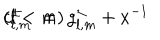
LaTeX: c _ { l , m } ^ { \pm } \; = \; g _ { l , m } ^ { \pm } + x ^ { - 1 } \hspace { 2 c m } ( l < m )